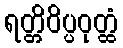
ရတ္တိဝိပ္ပဝုတ္ထံ